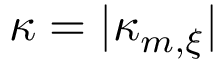
\kappa = | \kappa _ { m , \xi } |